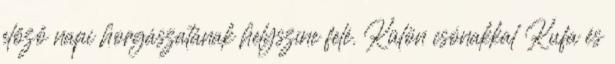
előző napi horgászatának helyszíne felé. Külön csónakkal Kufa és